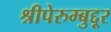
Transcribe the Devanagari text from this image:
श्रीपेरुम्बुद्दूर